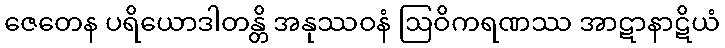
ဇေတေန ပရိယောဒါတန္တိ အနုဿဝနံ ဩဝိကရဏဿ အာဋာနာဋိယံ